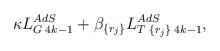
LaTeX: \begin{align*}\kappa L_{G\;4k-1}^{AdS}+\beta _{\{r_{j}\}}L_{T\;\{r_{j}\}\;4k-1}^{AdS},\end{align*}